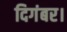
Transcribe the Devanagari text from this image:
दिगंबर।